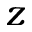
z